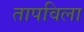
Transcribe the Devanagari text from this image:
तापविला